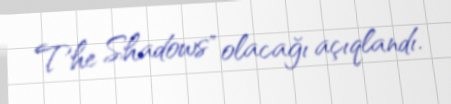
The Shadows" olacağı açıqlandı.